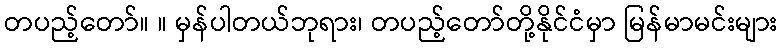
တပည့်တော်။ ။ မှန်ပါတယ်ဘုရား၊ တပည့်တော်တို့နိုင်ငံမှာ မြန်မာမင်းများ